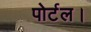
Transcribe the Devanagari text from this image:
पोर्टल।